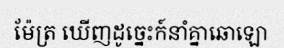
ម៉ែត្រ ឃើញដូច្នេះក៍នាំគ្នាឆោឡោ